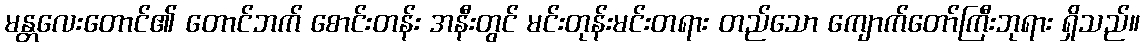
မန္တလေးတောင်၏ တောင်ဘက် စောင်းတန်း အနီးတွင် မင်းတုန်းမင်းတရား တည်သော ကျောက်တော်ကြီးဘုရား ရှိသည်။